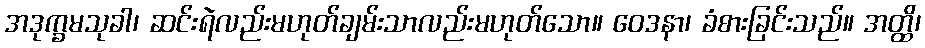
အဒုက္ခမသုခါ၊ ဆင်းရဲလည်းမဟုတ်ချမ်းသာလည်းမဟုတ်သော။ ဝေဒနာ၊ ခံစားခြင်းသည်။ အတ္ထိ၊